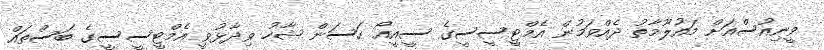
ވީނިއުސްއަށް މައުލޫމާތު ދެއްވަމުން އެމްޓީސީސީގެ ސީއީއޯ ހަސަން ޝާހު ވިދާޅުވީ އެމްޓީސީސީގެ ބަސްތައްް